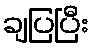
ချပြပြီး